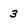
Character: 3